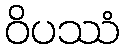
ဝိပဿံ